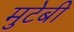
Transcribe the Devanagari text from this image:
मुटेबी